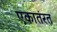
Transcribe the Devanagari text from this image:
एकातंरत